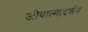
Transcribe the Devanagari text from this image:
जीवात्मादर्शन